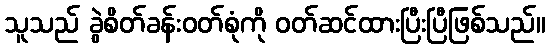
သူသည် ခွဲစိတ်ခန်းဝတ်စုံကို ဝတ်ဆင်ထားပြီးပြီဖြစ်သည်။